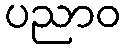
ပညာဝ